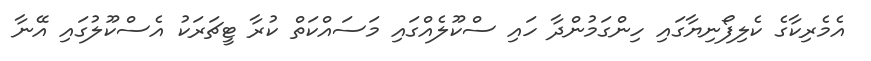
އެމެރިކާގެ ކެލިފޯނިޔާގައި ހިންގަމުންދާ ހައި ސްކޫލެއްގައި މަސައްކަތް ކުރާ ޓީޗަރަކު އެސްކޫލުގައި އޭނާ